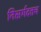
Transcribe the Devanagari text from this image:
निसर्गदत्तच